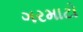
ગરમાટો